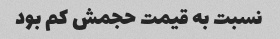
نسبت به قیمت حجمش کم بود